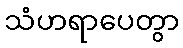
သံဟရာပေတွာ